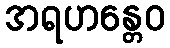
အရဟန္တေဝ